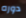
دوره